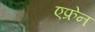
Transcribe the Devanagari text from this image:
एफ्रेन